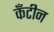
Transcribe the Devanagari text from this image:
कँटीन